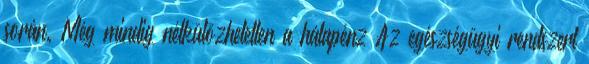
során. Még mindig nélkülözhetetlen a hálapénz Az egészségügyi rendszert